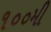
૧૦૦મી